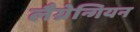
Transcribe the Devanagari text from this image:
लैग्रेन्गियन